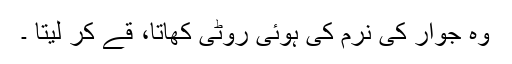
وہ جوار کی نرم کی ہوئی روٹی کھاتا، قے کر لیتا ۔